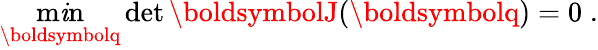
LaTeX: \operatorname*{m\mathit{i}n}_{\boldsymbolq}\operatorname*{det}{\boldsymbolJ}(\boldsymbolq)=0\; .